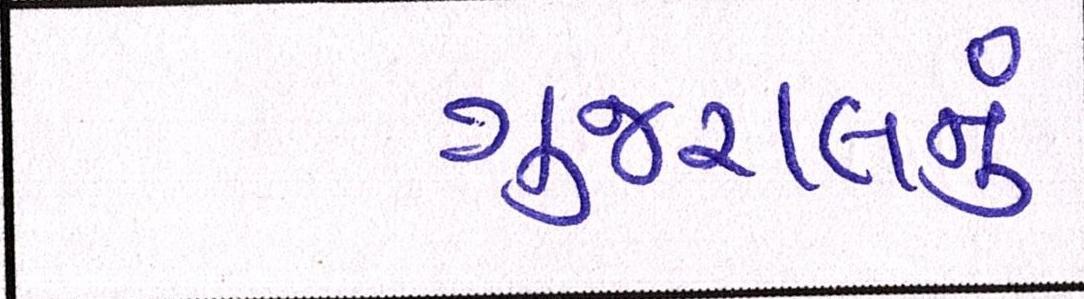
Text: ગુજરાલનું